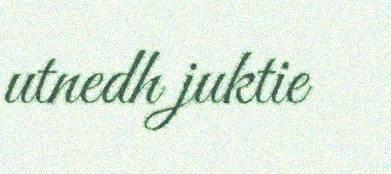
utnedh juktie